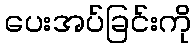
ပေးအပ်ခြင်းကို